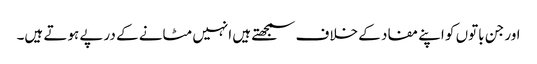
اور جن باتوں کو اپنے مفاد کے خلاف سمجھتے ہیں انہیں مٹانے کے درپے ہوتے ہیں۔